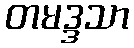
တမဒ္ဒသာ